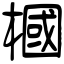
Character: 槶